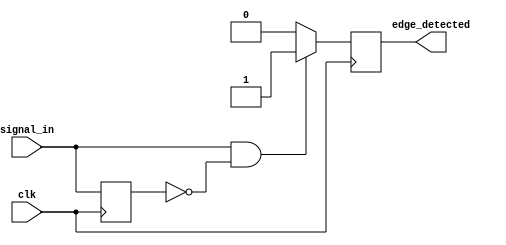
module rising_edge_detector (
    input wire clk,          // Clock signal
    input wire signal_in,    // Input signal to detect rising edge
    output reg edge_detected  // Output signal indicating rising edge detection
);

    reg signal_prev; // Register to hold the previous state of signal_in

    // Always block triggered on the rising edge of the clock
    always @(posedge clk) begin
        edge_detected <= 1'b0; // Reset edge_detected to low by default

        // Edge detection logic
        if (signal_in && !signal_prev) begin
            edge_detected <= 1'b1; // Rising edge detected
        end

        // Update previous state for the next clock cycle
        signal_prev <= signal_in;
    end

    // Initialize signal_prev on reset
    initial begin
        signal_prev = 1'b0; // Initializing to known state
        edge_detected = 1'b0; // Initializing output to low
    end

endmodule